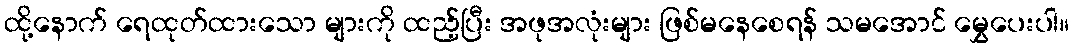
ထို့နောက် ရေထုတ်ထားသော များကို ထည့်ပြီး အဖုအလုံးများ ဖြစ်မနေစေရန် သမအောင် မွှေပေးပါ။